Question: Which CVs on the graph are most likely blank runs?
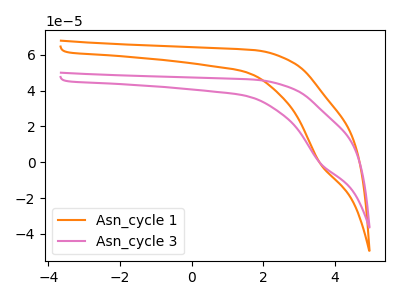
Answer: <think>The orange curve "Asn_cycle 1" has a cathodic peak at: (3.60V, -0.90uA). The pink curve "Asn_cycle 3" has a cathodic peak at: (3.60V, -0.65uA).</think>
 <answer>There are not any CV's on this graph that are likely to be blanks.</answer>
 <eval>none</eval>